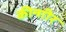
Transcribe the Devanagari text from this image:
कीन्गीर